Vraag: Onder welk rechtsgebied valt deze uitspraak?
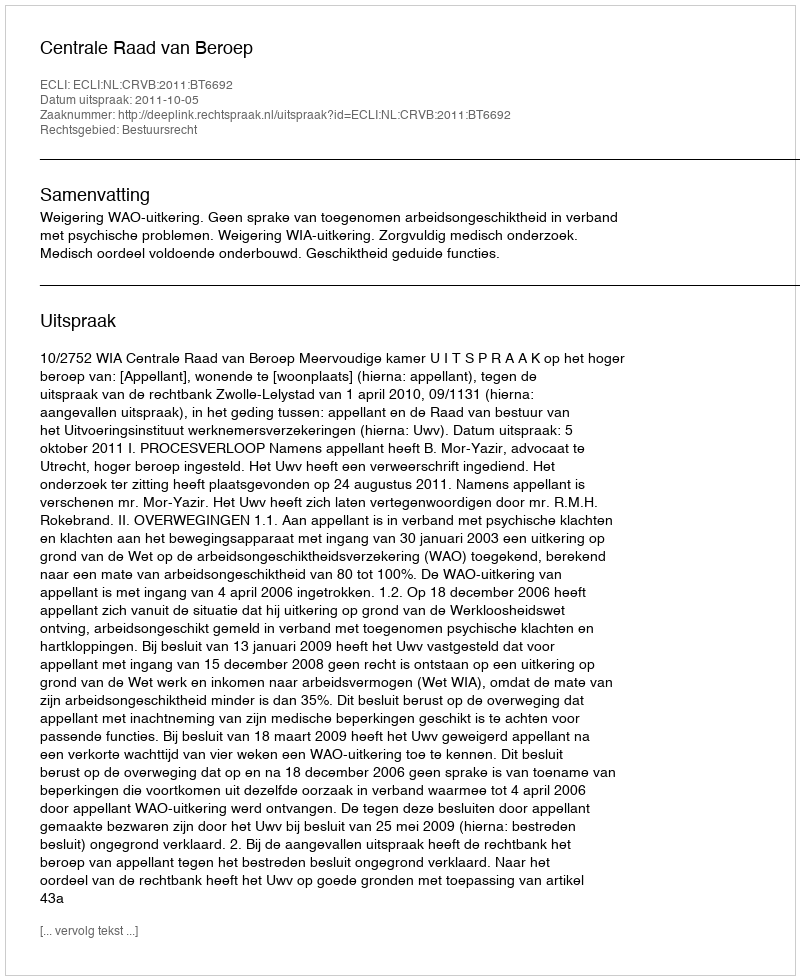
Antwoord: Bestuursrecht